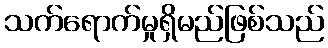
သက်ရောက်မှုရှိမည်ဖြစ်သည်